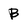
Character: B